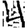
Digit: 4